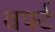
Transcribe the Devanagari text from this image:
वर्फ्ट